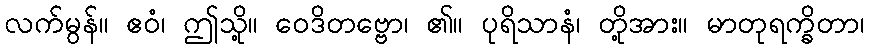
လက်မွန်။ ဧဝံ၊ ဤသို့။ ဝေဒိတဗ္ဗော၊ ၏။ ပုရိသာနံ၊ တို့အား။ မာတုရက္ခိတာ၊